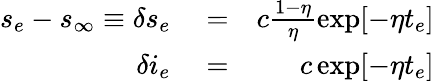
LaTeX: \begin{array}{rlr}{s_{e}-s_{\infty}\equiv\delta s_{e}}&{{}=}&{c\frac{1-\eta}{\eta}\exp[-\eta t_{e}]}\\ {\delta i_{e}}&{{}=}&{c\exp[-\eta t_{e}]}\end{array}